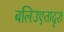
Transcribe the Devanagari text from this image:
बलिउएतादृश